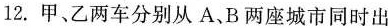
12.甲、乙两车分别从A、B两座城市同时出